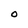
Character: O